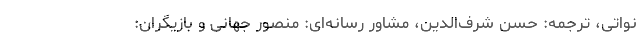
نواتی، ترجمه: حسن شرف‌الدین، مشاور رسانه‌ای: منصور جهانی و بازیگران: